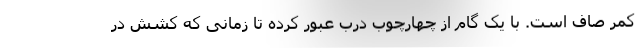
کمر صاف است. با یک گام از چهارچوب درب عبور کرده تا زمانی که کشش در